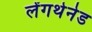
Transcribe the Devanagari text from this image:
लेंगथेनेड